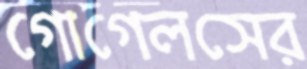
গোগেলসের